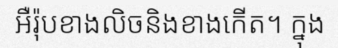
អឺរ៉ុបខាងលិចនិងខាងកើត។ ក្នុង